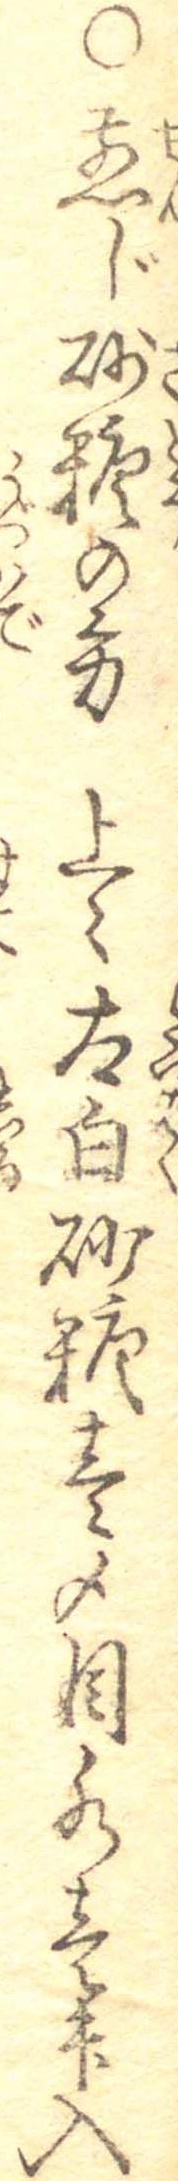
○煎じ砂糖の方上々太白砂糖壱〆目水壱升入